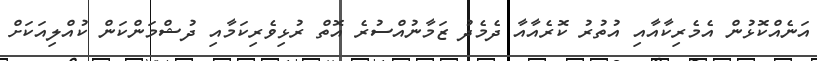
އަނެއްކޮޅުން އެމެރިކާއާއި އުތުރު ކޮރެއާއާ ދެމެދު ޒަމާނުއްސުރެ އޮތް ރުޅިވެރިކަމާއި ދުޝްމަންކަން ކުއްލިއަކަށް